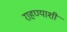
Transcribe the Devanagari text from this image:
राहण्याशी